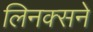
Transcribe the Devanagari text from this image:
लिनक्सने